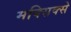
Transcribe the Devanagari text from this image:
मक्सिक्से